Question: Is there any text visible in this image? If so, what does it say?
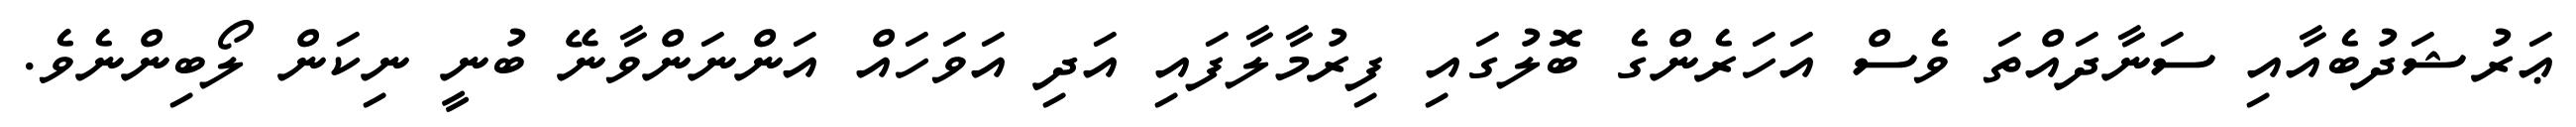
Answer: ޢަރުޝަދުބެއާއި ސަނާދައްތަ ވެސް އަހަރެންގެ ބޮލުގައި ފިރުމާލާފައި އަދި އަވަހައް އަންނަންވާނޭ ބުނީ ނިކަން ލޯބިންނެވެ.